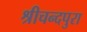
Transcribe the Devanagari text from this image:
श्रीचन्दपुरा